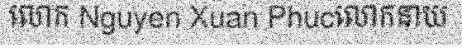
លោក Nguyen Xuan Phucលោកនាយ